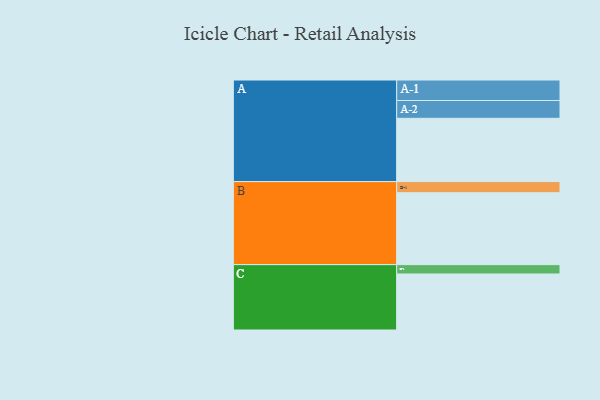
{"axis": {"x": "Segment", "y": "Value"}, "legend": ["", "A", "B", "C"], "data": [{"x": "A", "y": 447, "type": ""}, {"x": "B", "y": 508, "type": ""}, {"x": "C", "y": 396, "type": ""}, {"x": "A-1", "y": 145, "type": "A"}, {"x": "A-2", "y": 126, "type": "A"}, {"x": "B-1", "y": 79, "type": "B"}, {"x": "C-1", "y": 66, "type": "C"}]}